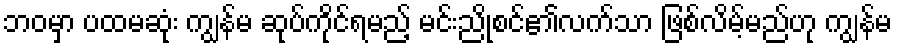
ဘဝမှာ ပထမဆုံး ကျွန်မ ဆုပ်ကိုင်ရမည့် မင်းညိုစင်၏လက်သာ ဖြစ်လိမ့်မည်ဟု ကျွန်မ